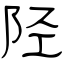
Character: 陉